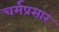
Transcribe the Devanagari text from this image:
चर्मप्रसार